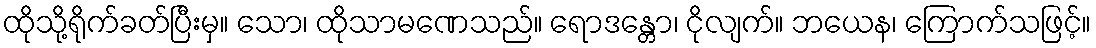
ထိုသို့ရိုက်ခတ်ပြီးမှ။ သော၊ ထိုသာမဏေသည်။ ရောဒန္တော၊ ငိုလျက်။ ဘယေန၊ ကြောက်သဖြင့်။